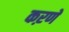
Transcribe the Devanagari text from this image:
कऱणे